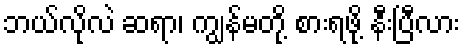
ဘယ်လိုလဲ ဆရာ၊ ကျွန်မတို့ စားရဖို့ နီးပြီလား